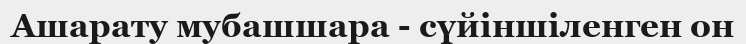
Ашарату мубашшара - сүйіншіленген он